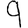
Digit: 9